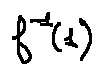
f ^ { - 1 } ( 1 )